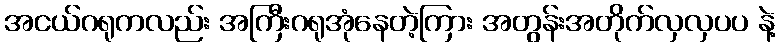
အငယ်ဂရုကလည်း အကြီးဂရုအုံနေတဲ့ကြား အတွန်းအတိုက်လှလှပပ နဲ့